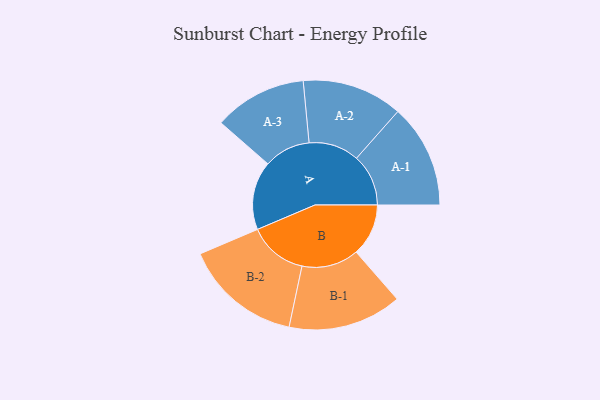
{"axis": {"x": "Segment", "y": "Value"}, "legend": ["", "A", "B"], "data": [{"x": "A", "y": 344, "type": ""}, {"x": "B", "y": 262, "type": ""}, {"x": "A-1", "y": 260, "type": "A"}, {"x": "A-2", "y": 252, "type": "A"}, {"x": "A-3", "y": 233, "type": "A"}, {"x": "B-1", "y": 285, "type": "B"}, {"x": "B-2", "y": 295, "type": "B"}]}